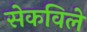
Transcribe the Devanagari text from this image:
सेकविले